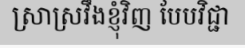
ស្រាស្រវឹងខ្ញុំវិញ បែបវិជ្ជា